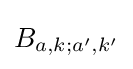
B_{a,k;a',k'}